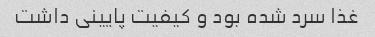
غذا سرد شده بود و کیفیت پایینی داشت